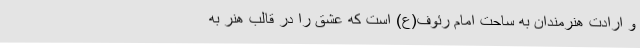
و ارادت هنرمندان به ساحت امام رئوف(ع) است که عشق را در قالب هنر به